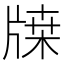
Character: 𤗥